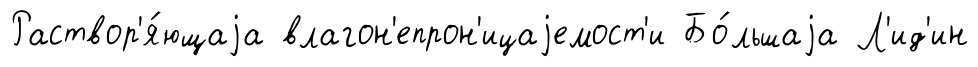
Раствор'я́ющаjа влагон'епрон'ицаjемост'и Бо́льшаjа Л'ид'ин